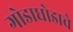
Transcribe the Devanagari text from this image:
गोडाधोडाचे